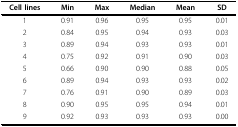
| Cell lines | Min | Max | Median | Mean | SD |
 | --- | --- | --- | --- | --- | --- |
 | 1 | 0.91 | 0.96 | 0.95 | 0.95 | 0.01 |
 | 2 | 0.84 | 0.95 | 0.94 | 0.93 | 0.03 |
 | 3 | 0.89 | 0.94 | 0.93 | 0.93 | 0.01 |
 | 4 | 0.75 | 0.92 | 0.91 | 0.90 | 0.03 |
 | 5 | 0.66 | 0.90 | 0.90 | 0.88 | 0.05 |
 | 6 | 0.89 | 0.94 | 0.93 | 0.93 | 0.02 |
 | 7 | 0.76 | 0.91 | 0.90 | 0.89 | 0.03 |
 | 8 | 0.90 | 0.95 | 0.95 | 0.94 | 0.01 |
 | 9 | 0.92 | 0.93 | 0.93 | 0.93 | 0.00 |